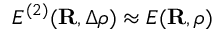
E ^ { ( 2 ) } ( { \bf R } , \Delta \rho ) \approx E ( { \bf R } , \rho )